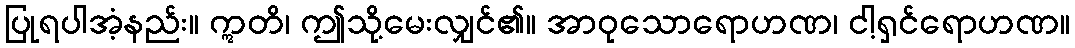
ပြုရပါအံ့နည်း။ ဣတိ၊ ဤသို့မေးလျှင်၏။ အာဝုသောရောဟဏ၊ ငါ့ရှင်ရောဟဏ။